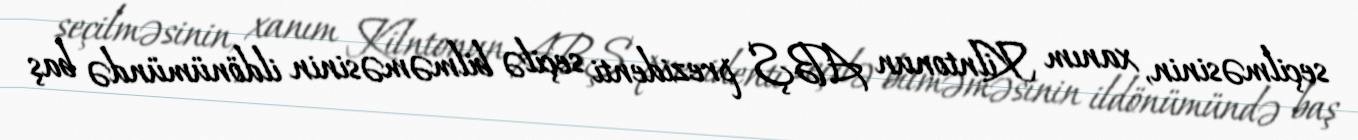
seçilməsinin, xanım Kilntonun ABŞ prezidenti seçilə bilməməsinin ildönümündə baş